Calcutta medical institutions reports 1892-1900
Year: 1892
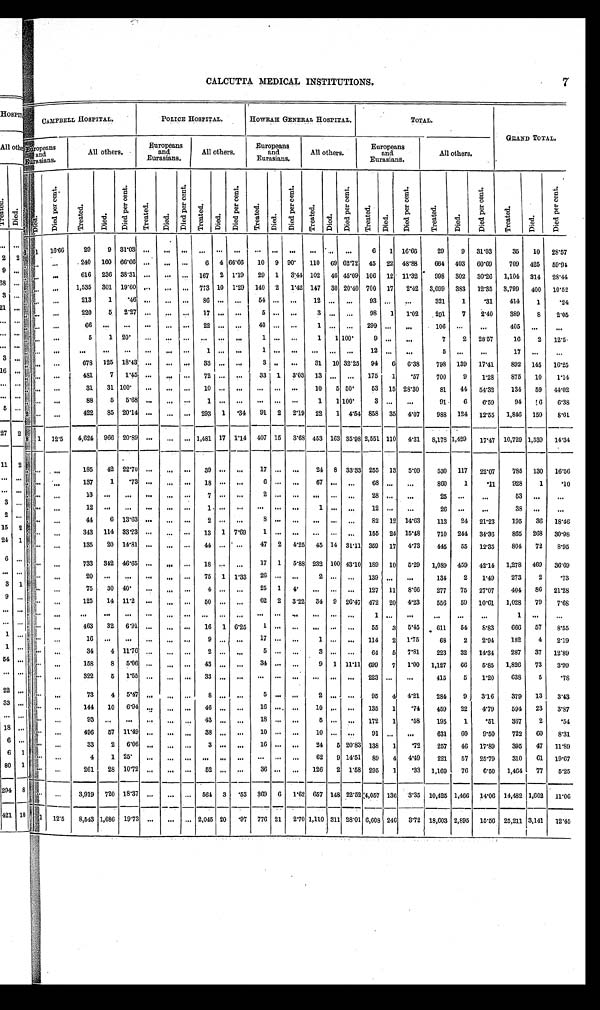
7
CALCUTTA MEDICAL INSTITUTIONS.
C A M P B E L L H O S P I T A L .
POLICE HOSPITAL.
HOWRAH GENERAL HOSPITAL.
TOTAL.
GRAND TOTAL.
E u r o p e a n s
and
Eurasians.
All others.
Europeans
and
Eurasians.
All others.
Europeans
and
Eurasians.
All others.
Europeans
and
Eurasians.
All others.
<i l l e gi bl e >
D i e d .
D i e d p e r c e n t .
T r e a t e d .
Died.
D i e d p e r c e n t .
T r e a t e d .
D i e d .
D i e d p e r c e n t .
T r e a t e d .
D i e d .
D i e d p e r c e n t .
T r e a t e d .
D i e d .
D i e d p e r c e n t .
T r e a t e d .
Di e d .
Di ed per cent .
T r e a t e d .
D i e d .
D i e d p e r c e n t .
T r e a t e d .
Died.
D i e d p e r c e n t .
T r e a t e d .
Died.
D i e d p e r c e n t .
6
1
16.66
29
9 31.03
. . .
. . .
. . .
. . .
. . .
. . .
. . .
. . .
. . .
. . .
. . .
. . .
6
1
16.66
29
9
31.03
35
10
28.57
. . .
. . .
. . .
240
160 66.66
. . .
. . .
. . .
6
4 66.66
10
9 90.
110
69 62.72
45
22
48.88
664
403
60.69
709
425
59.94
. . .
. . . . . .
616
236 38.31
. . .
. . .
. . . 167
2 1.19
29
1
3.44 102
46 45.09 106
12
11.32
998
302
30.26
1,104
314
28.44
. . .
. . .
. . .
1,535
301 19.60
. . .
. . .
. . . 773 10 1.29
140
2
1.42 147
30 20.40 700
17
2.42
3,099
383
12.35
3,799
400
10.52
. . .
. . .
. . .
213
1
.46
. . .
. . .
. . .
86
. . .
. . .
54
. . .
. . .
12
. . .
. . .
93
. . .
. . .
321
1
. 3 1 414
1
.24
. . .
. . .
. . .
220
5
2.27
. . .
. . .
. . .
17
. . .
. . . 5
. . . . . .
3
. . .
. . .
98
1
1.02
291
7
2.40
389
8
2.05
. . .
. . .
. . .
66
. . .
. . .
. . .
. . .
. . .
22
. . .
. . .
40
. . .
. . .
1
. . .
. . .
299
. . .
. . .
106
. . .
. . .
405
. . .
. . .
. . .
. . .
. . .
5
1
20.
. . .
. . .
. . . . . .
. . .
. . .
1
. . . . . .
1
1 100.
9
. . .
. . .
7
2
28.57
16
2
12.5.
. . .
. . .
. . .
. . .
. . .
. . .
. . .
. . .
. . .
1
. . .
. . .
1
. . .. . .
. . .
. . .. . .
1 2
. . .
. . .
5
. . .
. . .
17
. . .
. . .
. . .
. . .
. . .
678
125 18.43
. . .
. . .
. . .
33
. . . . . .
3
. . .
. . .
31
10 32.25
94
6
6.38
798
139
17.41
892
145
16.25
. . .
. . .
. . .
481
7
1.45
. . .
. . .
. . . 72
. . . . . .
33
1
3.03
13
. . .
. . .
175
1
.57
700
9
1.28
875
10
1.14
. . .
. . .
. . .
31
31 100
. . .
. . .
. . .
10
. . .. . .
. . .
. . . . . .
10
5
5 0 .
53
15 28.30
81
44
54.32
134
59
44.02
. . .
. . .
. . .
88
5
5.68
. . .
. . .
. . .
1
. . .. . .
. . .
. . . . . .
1
1 100.
3
. . .
. . .
91
6
6.59
94
< i l l e g i b l e > 1 6
6.38
2
. . .
. . .
422
85 20.14
. . .
. . .
. . .
293
1
.34
91
2
2.19
22
1
4.54 858
35
4.07
988
124
12.55
1,846
159
8.61
8
1 12.5
4,624
966 20.89
. . .
. . .
. . . 1,481 17 1.14
407 15
3.68 453 163 35.98 2,551 110
4.31
8,178 1,429
17.47 10,729 1,539
1 4 . 3 4
. . .
. . .
. . .
185
42 22.70
. . .
. . .
. . .
3 9
. . .
. . .
17
. . .
. . .
24
8
3 3 . 3 3
255
13
5.09
530
117
22.07
785
130
16.56
. . .
. . .
. . .
137
1
. 7 3
. . .
. . .
. . .
18
. . .
. . .
6
. . .
. . .
67
. . .
. . .
68
. . .
. . .
860
1
.11
928
1
.10
. . .
. . .
. . .
1 3
. . .
. . .
. . .
. . .
. . .
7
. . . . . .
2
. . . . . .
. . .
. . .
. . .
2 8
. . .
. . .
25
. . .
. . .
5 3
. . .
. . .
. . .
. . .
. . .
1 2
. . .
. . .
. . .
. . .
. . .
1
. . . . . .
. . .
. . . . . .
1
. . .
. . .
1 2
. . .
. . .
26
. . .
. . .
38
. . .
. . .
. . .
. . .
. . .
44
6 13.63
. . .
. . .
. . .
2
. . .
. . .
8
. . .
. . .
. . .
. . .
. . .
82
12 14.63
113
24
21.23
195
36
18.46
. . .
. . .
. . .
343
114 33.23
. . .
. . .
. . .
1 3 1 7.69
1
. . .
. . .
. . .
. . .
. . .
155
24 15.48
710
244
34.36
865
268
30.98
. . .
. . .
. . .
135
20 14.81
. . .
. . .
. . .
44
. . . . . .
47
2
4.25
45 14 31.11 359
17
4.73
445
55
12.35
804
72
8.95
. . .
. . .
. . .
733
342 46.65
. . .
. . .
. . .
18
. . .
. . .
17
1
5.88 232 100 43.10 189
10
5.29
1 . 0 8 9 459
42.14
1,278
469
36.69
. . .
. . .
. . .
20
. . .
. . .
. . .
. . .
. . .
75
1
1.33
26
. . .
. . .
2
. . .
. . .
1 3 9
. . .
. . .
134
2
1.49
273
2
.73
. . .
. . .
. . .
75
30
40.
. . .
. . .
. . .
4
. . .
. . .
25
1
4.
. . .
. . .
. . . 127 11
8.66
277
75
27.07
404
86
21.28
. . .
. . .
. . .
125
14 11.2
. . .
. . .
. . .
50
. . .
. . .
62
2
3.22
34
9
26.47 472
20
4.23
556
59
10.61
1,028
79
7.68
. . .
. . .
. . .
. . .
. . .
. . .
. . .
. . .
. . .
. . .
. . . . . .
. . .
. . . . . .
. . .
. . .
. . .
1
. . .
. . .
. . .
. . .
. . .
1
. . .
. . .
. . .
. . .
. . .
4 6 3
32
6.91
. . .
. . .
. . .
16
1
6.25
1
. . .
. . .
. . .
. . .
. . .
55
3
5.45
611
54
8.83
666
57
8.55
. . .
. . .
. . .
1 6
. . .
. . .
. . .
. . .
. . .
9
. . . . . .
17
. . . . . .
1
. . .
. . .
114
2
1.75
68
2
2.94
182
4
2.19
. . .
. . .
. . .
34
4 11.76
. . .
. . .
. . .
2
. . .
. . .
5
. . .
. . .
3
. . .
. . .
64
5
7.81
223
32
14.34
287
37
12.89
. . .
. . .
. . .
158
8
5.06
. . .
. . .
. . .
43
. . .
. . .
34
. . .
. . .
9
1 11.11 699
7
1.00
1,127
66
5.85
1,826
73
3.99
. . .
. . .
. . .
3 2 2
5
1 . 5 5
. . .
. . .
. . .
3 3
. . . . . .
. . .
. . . . . .
. . .
. . .
. . .
2 2 3
. . .
. . .
415
5
1.20
638
5
78
. . .
. . .
. . .
73
4
5.47
. . .
. . .
. . .
8
. . .
. . .
5
. . . . . .
2
. . . . . .
95
4 4.21
284
9
3.16
379
13
3.43
. . .
. . .
. . .
144
10
6.94
. . .
. . .
. . .
46
. . .
. . .
16
. . .
. . .
10
. . .
. . .
135
1
.74
459
22
4.79
594
23
3.87
. . .
. . .
. . .
9 3
. . .
. . .
. . .
. . .
. . .
43
. . .
. . .
18
. . .
. . .
5
. . .
. . .
172
1
.58
195
1
.51
367
2
.54
. . .
. . .
. . .
496
57 11.49
. . .
. . .
. . .
38
. . .
. . .
10
. . .
. . .
10
. . .
. . .
91
. . .
. . .
631
60
9.50
722
6 0
8.31
. . .
. . .
. . .
33
2
6.06
. . .
. . .
. . .
3
. . .
. . .
16
. . .
. . .
24
5 20.83 138
1
72
257
46
17.89
395
47
11.89
. . .
. . .
. . .
4
1 25.
. . .
. . .
. . .
. . .
. . .
. . .
. . .
. . .
. . .
62
9 14.51
89
4
4.49
221
57
25.79
310
61
19.67
. . .
. . .
. . .
261
28 10.72
. . .
. . .
. . .
52
. . .
. . .
36
. . .
. . .
126
2 1.58 295
1
.33
1,169
76
6.50
1,464
77
5.25
. . .
. . .
. . .
3,919 720 18.37
. . .
. . .
. . .
564
3
.53
369
6
1. 62 657 148 22.52 4,057 136
3.35
10,425 1,466
14.06 14,482 1,602
11.06
. . .
1
12.5
8,543 1,686
19.73
. . .
. . .
. . . 2,045 20
.97 776 21
2.70 1,110 311 28.01 6,608 246
3.72 18,603 2,895
15.56 25,211 3,141
12.45